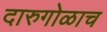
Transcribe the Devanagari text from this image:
दारुगोळाच